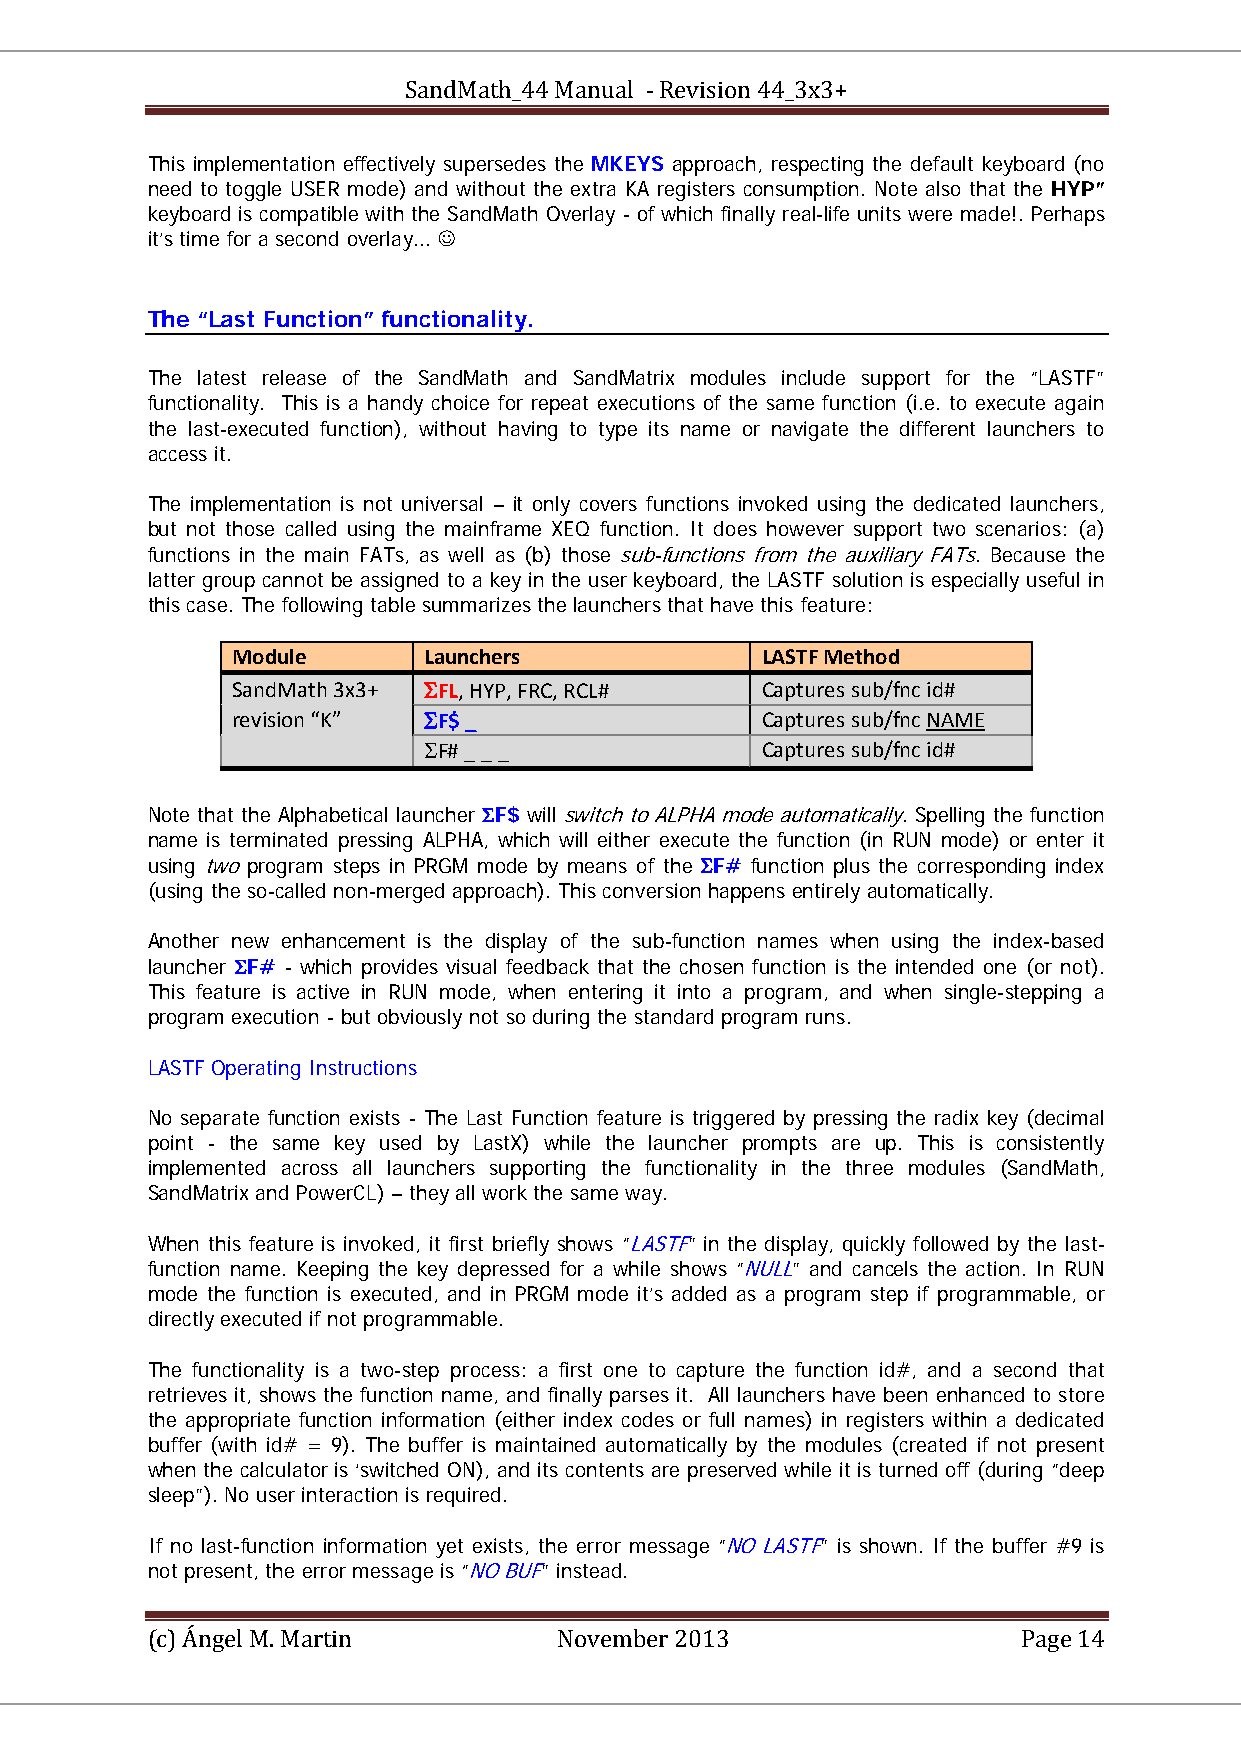
SandMath_44 Manual - Revision 44_3x3+
 This implementation effectively supersedes the MKEYS approach, respecting the default keyboard (no
 need to toggle USER mode) and without the extra KA registers consumption. Note also that the HYP”
 keyboard is compatible with the SandMath Overlay - of which finally real-life units were made!. Perhaps
 it’s time for a second overlay... 
 The “Last Function” functionality.
 The latest release of the SandMath and SandMatrix modules include support for the “LASTF”
 functionality. This is a handy choice for repeat executions of the same function (i.e. to execute again
 the last-executed function), without having to type its name or navigate the different launchers to
 access it.
 The implementation is not universal – it only covers functions invoked using the dedicated launchers,
 but not those called using the mainframe XEQ function. It does however support two scenarios: (a)
 functions in the main FATs, as well as (b) those sub-functions from the auxiliary FATs. Because the
 latter group cannot be assigned to a key in the user keyboard, the LASTF solution is especially useful in
 this case. The following table summarizes the launchers that have this feature:
 Module       Launchers             LASTF Method
 SandMath 3x3+ ΣFL, HYP, FRC, RCL#  Captures sub/fnc id#
 revision “K” ΣF$ _                 Captures sub/fnc NAME
 ΣF# _ _ _             Captures sub/fnc id#
 Note that the Alphabetical launcher ΣF$ will switch to ALPHA mode automatically. Spelling the function
 name is terminated pressing ALPHA, which will either execute the function (in RUN mode) or enter it
 using two program steps in PRGM mode by means of the ΣF# function plus the corresponding index
 (using the so-called non-merged approach). This conversion happens entirely automatically.
 Another new enhancement is the display of the sub-function names when using the index-based
 launcher ΣF# - which provides visual feedback that the chosen function is the intended one (or not).
 This feature is active in RUN mode, when entering it into a program, and when single-stepping a
 program execution - but obviously not so during the standard program runs.
 LASTF Operating Instructions
 No separate function exists - The Last Function feature is triggered by pressing the radix key (decimal
 point - the same key used by LastX) while the launcher prompts are up. This is consistently
 implemented across all launchers supporting the functionality in the three modules (SandMath,
 SandMatrix and PowerCL) – they all work the same way.
 When this feature is invoked, it first briefly shows “LASTF” in the display, quickly followed by the last-
 function name. Keeping the key depressed for a while shows “NULL” and cancels the action. In RUN
 mode the function is executed, and in PRGM mode it’s added as a program step if programmable, or
 directly executed if not programmable.
 The functionality is a two-step process: a first one to capture the function id#, and a second that
 retrieves it, shows the function name, and finally parses it. All launchers have been enhanced to store
 the appropriate function information (either index codes or full names) in registers within a dedicated
 buffer (with id# = 9). The buffer is maintained automatically by the modules (created if not present
 when the calculator is ‘switched ON), and its contents are preserved while it is turned off (during “deep
 sleep”). No user interaction is required.
 If no last-function information yet exists, the error message “NO LASTF” is shown. If the buffer #9 is
 not present, the error message is “NO BUF” instead.
 (c) Ángel M. Martin        November 2013                  Page 14